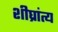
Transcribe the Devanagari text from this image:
शीघ्रांत्य